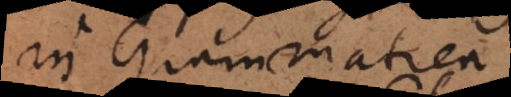
in Grammatica